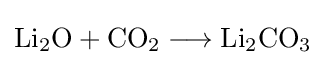
{\mathrm {Li} {\vphantom {A}}_{\smash[{t}]{2}}\mathrm {O} {}+{}\mathrm {CO} {\vphantom {A}}_{\smash[{t}]{2}}{}\mathrel {\longrightarrow } {}\mathrm {Li} {\vphantom {A}}_{\smash[{t}]{2}}\mathrm {CO} {\vphantom {A}}_{\smash[{t}]{3}}}